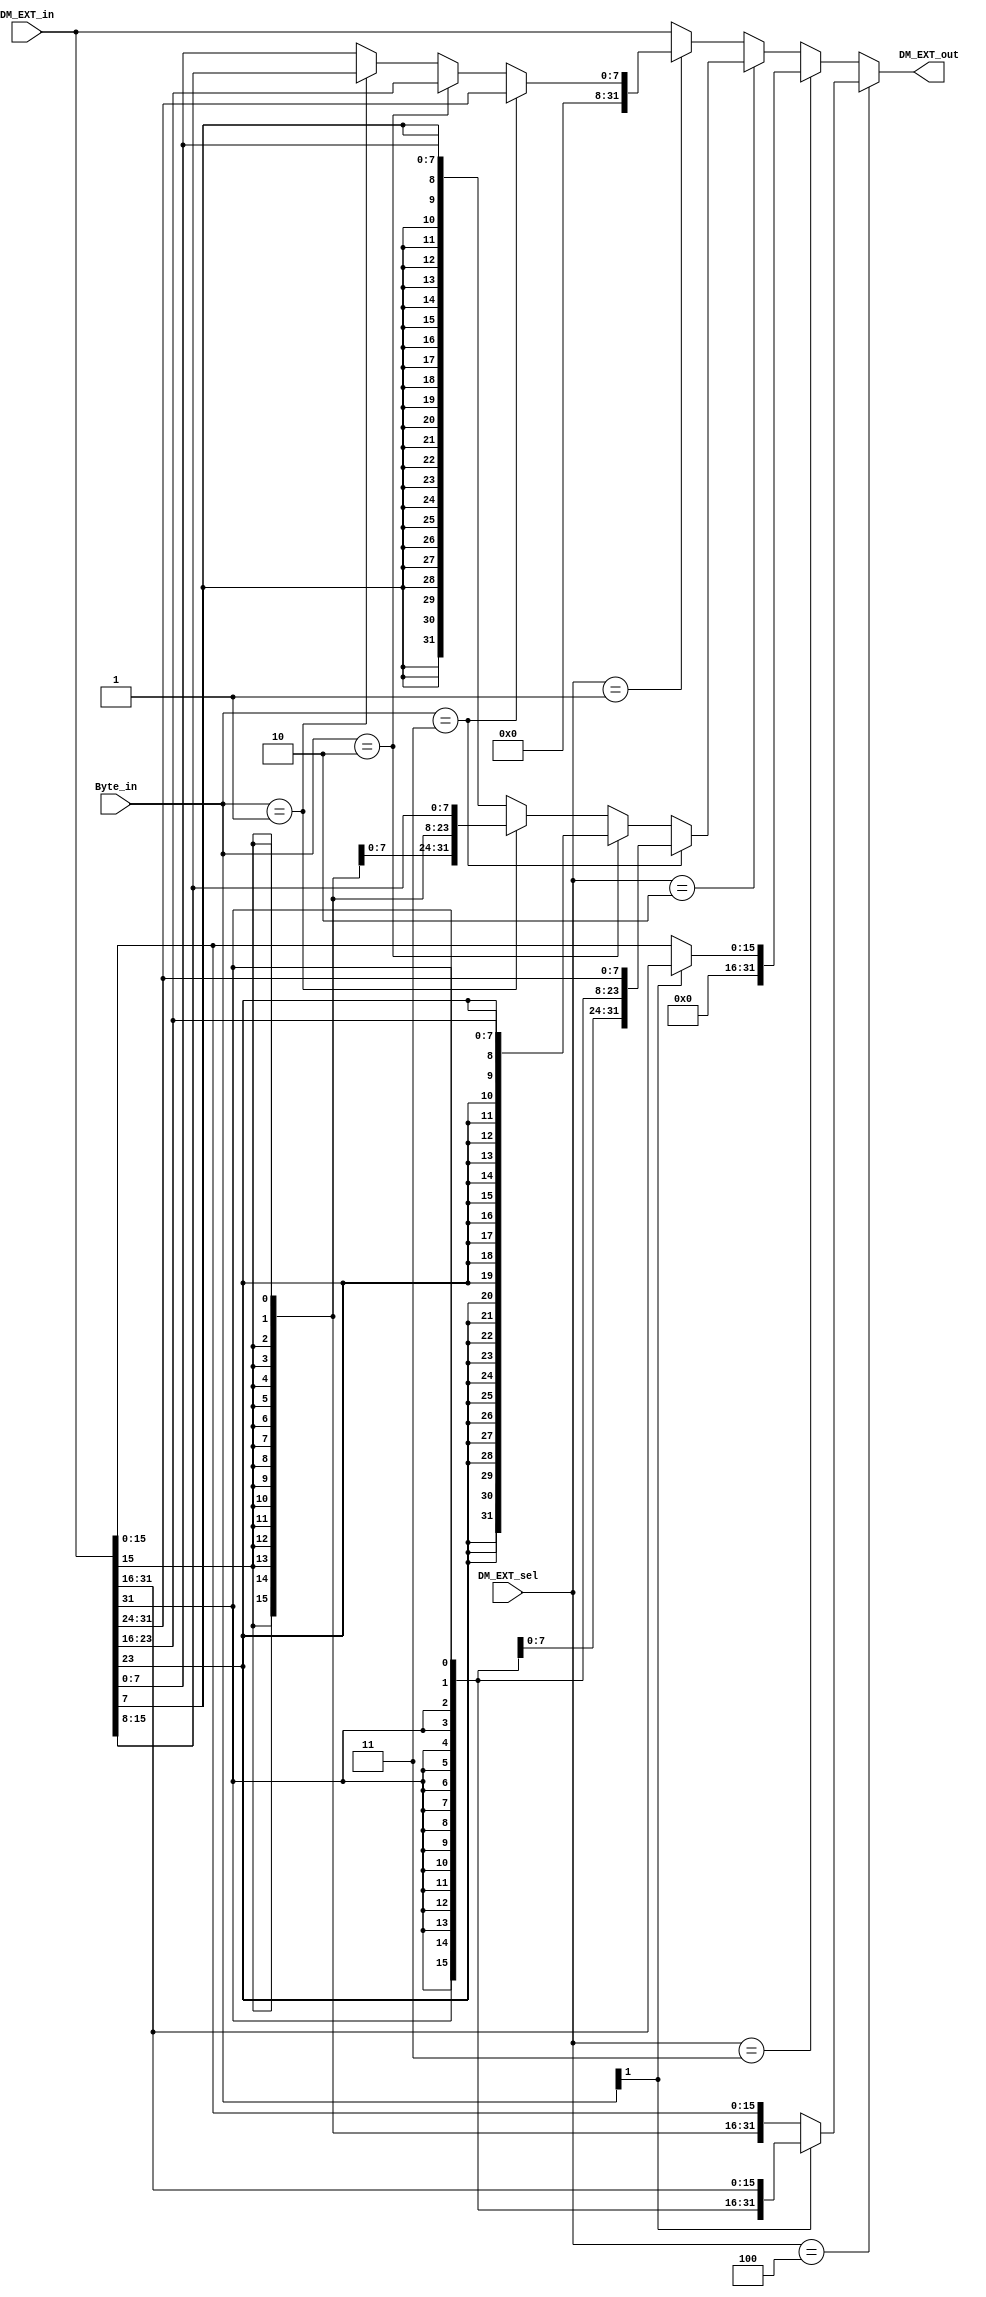
`timescale 1ns / 1ps
//////////////////////////////////////////////////////////////////////////////////
// Company: 
// Engineer: 
// 
// Design Name: 
// Module Name:    DM_EXT 
// Project Name: 
// Target Devices: 
// Tool versions: 
// Description: 
//
// Dependencies: 
//
// Revision: 
// Revision 0.01 - File Created
// Additional Comments: 
//
//////////////////////////////////////////////////////////////////////////////////
`define LW 3'b000
`define LBU 3'b001
`define LB 3'b010
`define LHU 3'b011
`define LH 3'b100
module DM_EXT(DM_EXT_in, Byte_in, DM_EXT_sel, DM_EXT_out);
	input [31:0] DM_EXT_in;//DM32W
	input [1:0] Byte_in;//DM2W
	input [2:0] DM_EXT_sel;//controlW
	output [31:0] DM_EXT_out;
	
	/*assign DM_EXT_out = (DM_EXT_sel == `LH) ? {16{DM_EXT_in[15]}, DM_EXT_in[15:0]}:
							  (DM_EXT_sel == `LHU) ? {16'b0, DM_EXT_in[15:0]}:
							  (DM_EXT_sel == `LB) ? {24{DM_EXT_in[7]}, DM_EXT_in[7:0]}:
							  (DM_EXT_sel == `LBU) ? {24'b0, DM_EXT_in[7:0]}:
							  (DM_EXT_sel == `LW) ? DM_EXT_in:
															DM_EXT_in;//0*/
	
	assign DM_EXT_out = (DM_EXT_sel == `LH) ? ((Byte_in[1]) ? {{16{DM_EXT_in[31]}}, DM_EXT_in[31:16]}:
																				 {{16{DM_EXT_in[15]}}, DM_EXT_in[15:0]}):
							  (DM_EXT_sel == `LHU) ? ((Byte_in[1]) ? {16'b0, DM_EXT_in[31:16]}: 
																				  {16'b0, DM_EXT_in[15:0]}):		
							  (DM_EXT_sel == `LB) ? ((Byte_in == 3)? {{24{DM_EXT_in[31]}}, DM_EXT_in[31:24]}:
															 (Byte_in == 2)? {{24{DM_EXT_in[23]}}, DM_EXT_in[23:16]}:
															 (Byte_in == 1)? {{24{DM_EXT_in[15]}}, DM_EXT_in[15:8]}:
																				  {{24{DM_EXT_in[7]}}, DM_EXT_in[7:0]}):
							  (DM_EXT_sel == `LBU) ? ((Byte_in == 3)? {24'b0, DM_EXT_in[31:24]}:
															 (Byte_in == 2)? {24'b0, DM_EXT_in[23:16]}:
															 (Byte_in == 1)? {24'b0, DM_EXT_in[15:8]}:
																				  {24'b0, DM_EXT_in[7:0]}):
							  (DM_EXT_sel == `LW) ? DM_EXT_in:
															DM_EXT_in;//0
endmodule